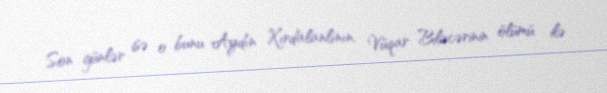
Son günlər isə o bunu Aydın Xırdalanlının, Vüqar Biləcərinin ölümü ilə